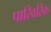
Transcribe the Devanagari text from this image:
पारिवरिक